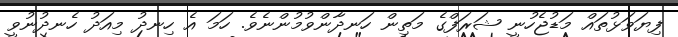
ފިޔަވަޅުތައް މަޑުޖެހުނީ ޝަރަފްގެ މަތިން ހަނދާންވުމުންނެވެ. ހަމަ އެ ހިނދު މިއަދު ހެނދުނުވީ